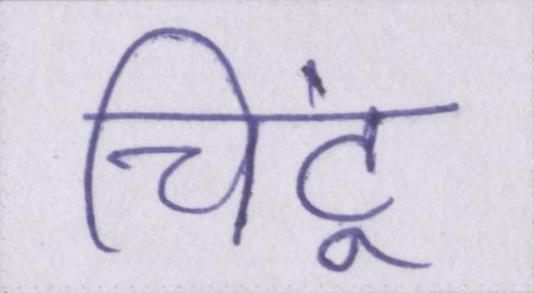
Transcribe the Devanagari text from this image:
चिंटू